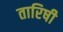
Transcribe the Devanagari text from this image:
तारिषी